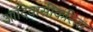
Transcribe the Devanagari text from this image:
आदिवासींकरिता